Vaccination in Burma 1889-1999 - 1889-1999
Year: 1889
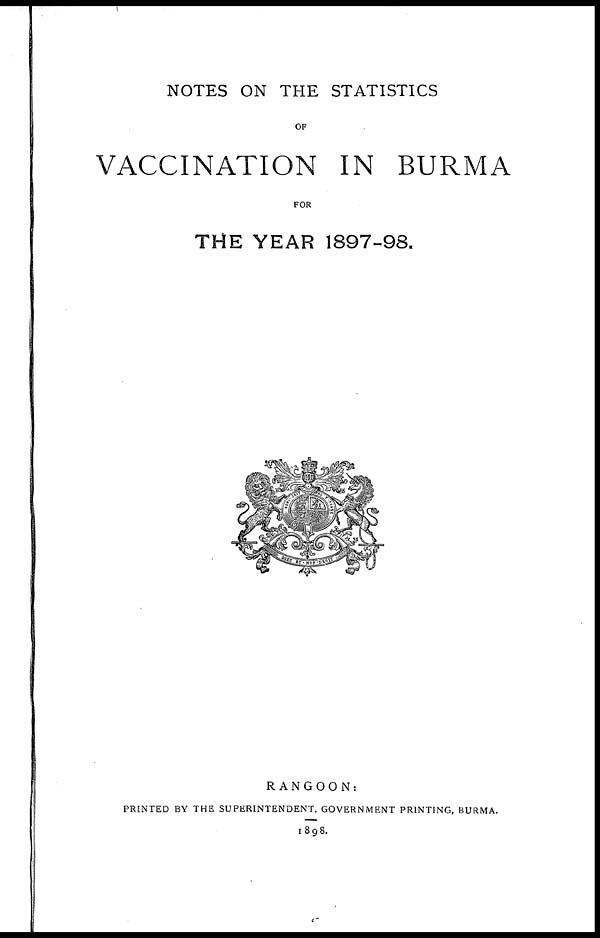
NOTES ON THE STATISTICS
OF
VACCINATION IN BURMA
FOR
THE YEAR 1897-98.
RANGOON:
PRINTED BY THE SUPERINTENDENT, GOVERNMENT PRINTING, BURMA.
1898.